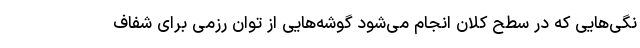
نگی‌هایی که در سطح کلان انجام می‌شود گوشه‌هایی از توان رزمی برای شفاف